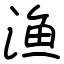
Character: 渔